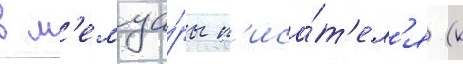
в м'емуа́ры п'иса́т'ел'я (к